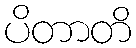
ပိတာတိ